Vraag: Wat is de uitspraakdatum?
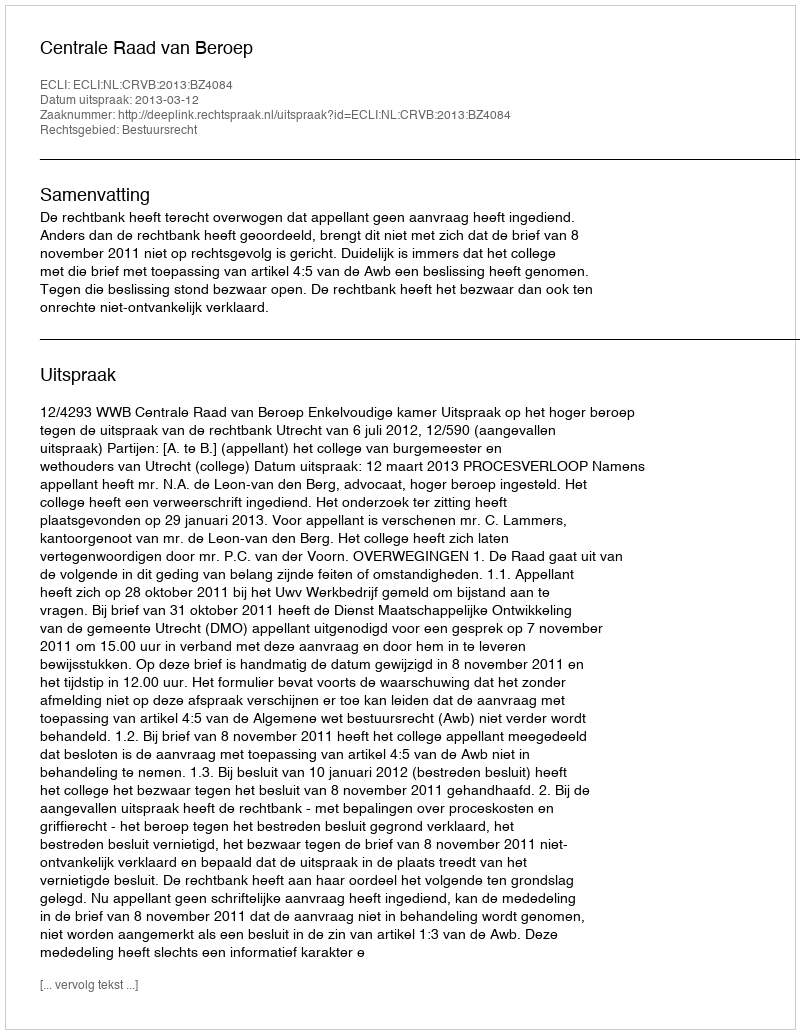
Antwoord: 2013-03-12